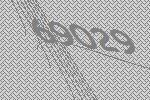
69029